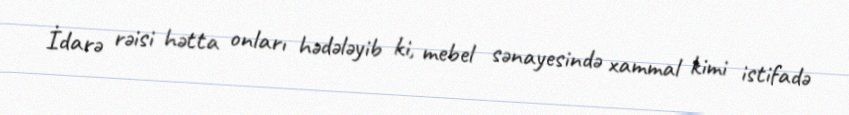
İdarə rəisi hətta onları hədələyib ki, mebel sənayesində xammal kimi istifadə